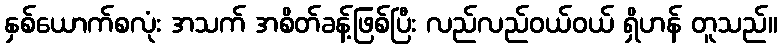
နှစ်ယောက်စလုံး အသက် အစိတ်ခန့်ဖြစ်ပြီး လည်လည်ဝယ်ဝယ် ရှိဟန် တူသည်။